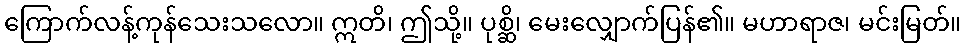
ကြောက်လန့်ကုန်သေးသလော။ ဣတိ၊ ဤသို့။ ပုစ္ဆိ၊ မေးလျှောက်ပြန်၏။ မဟာရာဇ၊ မင်းမြတ်။